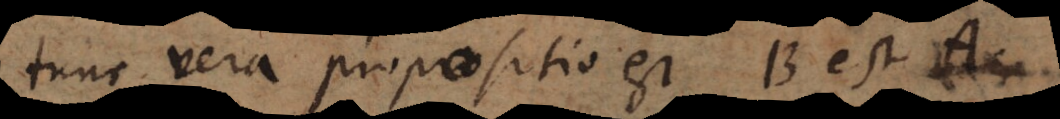
tunc vera propositio est B est A.